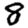
Digit: 8